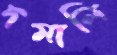
দমালি